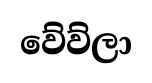
වේව්ලා